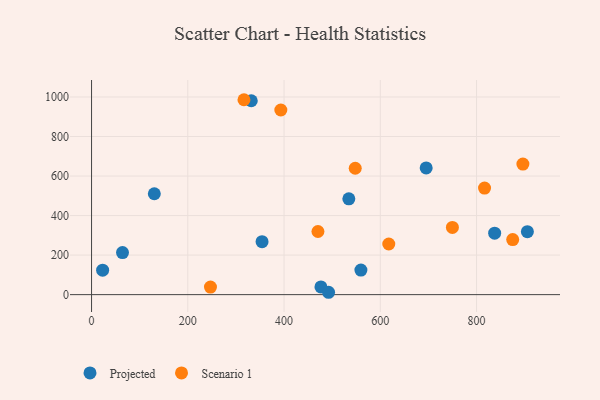
{"axis": {"x": "Distance", "y": "Yield"}, "legend": ["Projected", "Scenario 1"], "data": [{"x": "331.9", "y": 981.0, "type": "Projected"}, {"x": "476.6", "y": 39.0, "type": "Projected"}, {"x": "354.3", "y": 267.8, "type": "Projected"}, {"x": "130.4", "y": 510.5, "type": "Projected"}, {"x": "492.5", "y": 11.9, "type": "Projected"}, {"x": "695.3", "y": 641.1, "type": "Projected"}, {"x": "23.0", "y": 123.5, "type": "Projected"}, {"x": "559.7", "y": 124.1, "type": "Projected"}, {"x": "534.6", "y": 485.0, "type": "Projected"}, {"x": "905.6", "y": 318.4, "type": "Projected"}, {"x": "64.3", "y": 212.6, "type": "Projected"}, {"x": "837.6", "y": 311.0, "type": "Projected"}, {"x": "617.6", "y": 256.2, "type": "Scenario 1"}, {"x": "547.9", "y": 639.5, "type": "Scenario 1"}, {"x": "896.3", "y": 660.7, "type": "Scenario 1"}, {"x": "393.3", "y": 934.2, "type": "Scenario 1"}, {"x": "470.4", "y": 319.3, "type": "Scenario 1"}, {"x": "816.6", "y": 539.2, "type": "Scenario 1"}, {"x": "875.1", "y": 278.7, "type": "Scenario 1"}, {"x": "749.8", "y": 339.9, "type": "Scenario 1"}, {"x": "247.1", "y": 38.1, "type": "Scenario 1"}, {"x": "316.7", "y": 986.2, "type": "Scenario 1"}]}